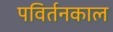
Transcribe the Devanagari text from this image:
पविर्तनकाल